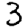
Digit: 3